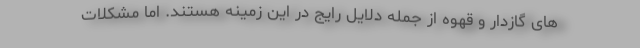
های گازدار و قهوه از جمله دلایل رایج در این زمینه هستند. اما مشکلات